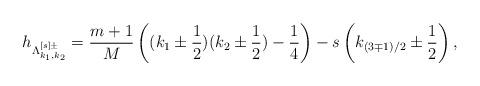
LaTeX: \begin{align*}h_{\Lambda^{[s]\pm}_{k_1,k_2}}=\dfrac{m+1}{M} \left( ( k_1\pm\dfrac{1}{2}) ( k_2\pm \dfrac{1}{2}) -\dfrac{1}{4}\right)-s\left( k_{(3\mp 1)/2}\pm \dfrac{1}{2} \right),\end{align*}